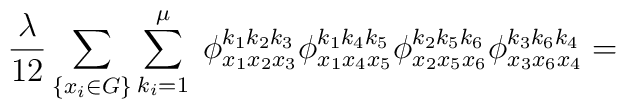
\frac{\lambda}{12}\sum_{\{x_i\in G\}} \sum_{k_i=1}^{\mu}\; \phi^{k_1k_2k_3}_{x_1x_2x_3}\phi^{k_1k_4k_5}_{x_1x_4x_5}\phi^{k_2k_5k_6}_{x_2x_5x_6}\phi^{k_3k_6k_4}_{x_3x_6x_4}=